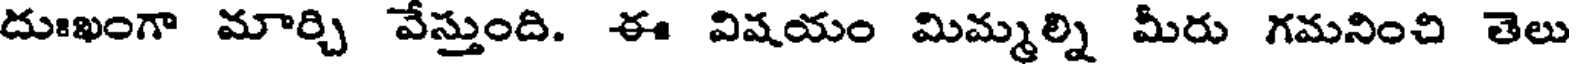
దుఃఖంగా మార్చి వేస్తుంది. ఈ విషయం మిమ్మల్ని మీరు గమనించి తెలు